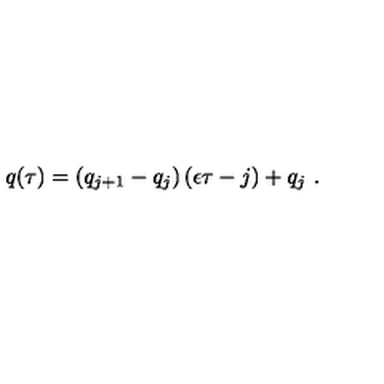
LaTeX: q ( \tau ) = ( q _ { j + 1 } - q _ { j } ) \left( \epsilon \tau - j \right) + q _ { j } \ .